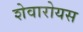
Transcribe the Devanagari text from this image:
शेवारोयस